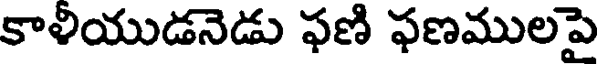
కాళియుడనెడు ఫణి ఫణములపై